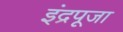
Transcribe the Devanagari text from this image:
इंद्रपूजा